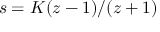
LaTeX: s = K ( z - 1 ) / ( z + 1 )